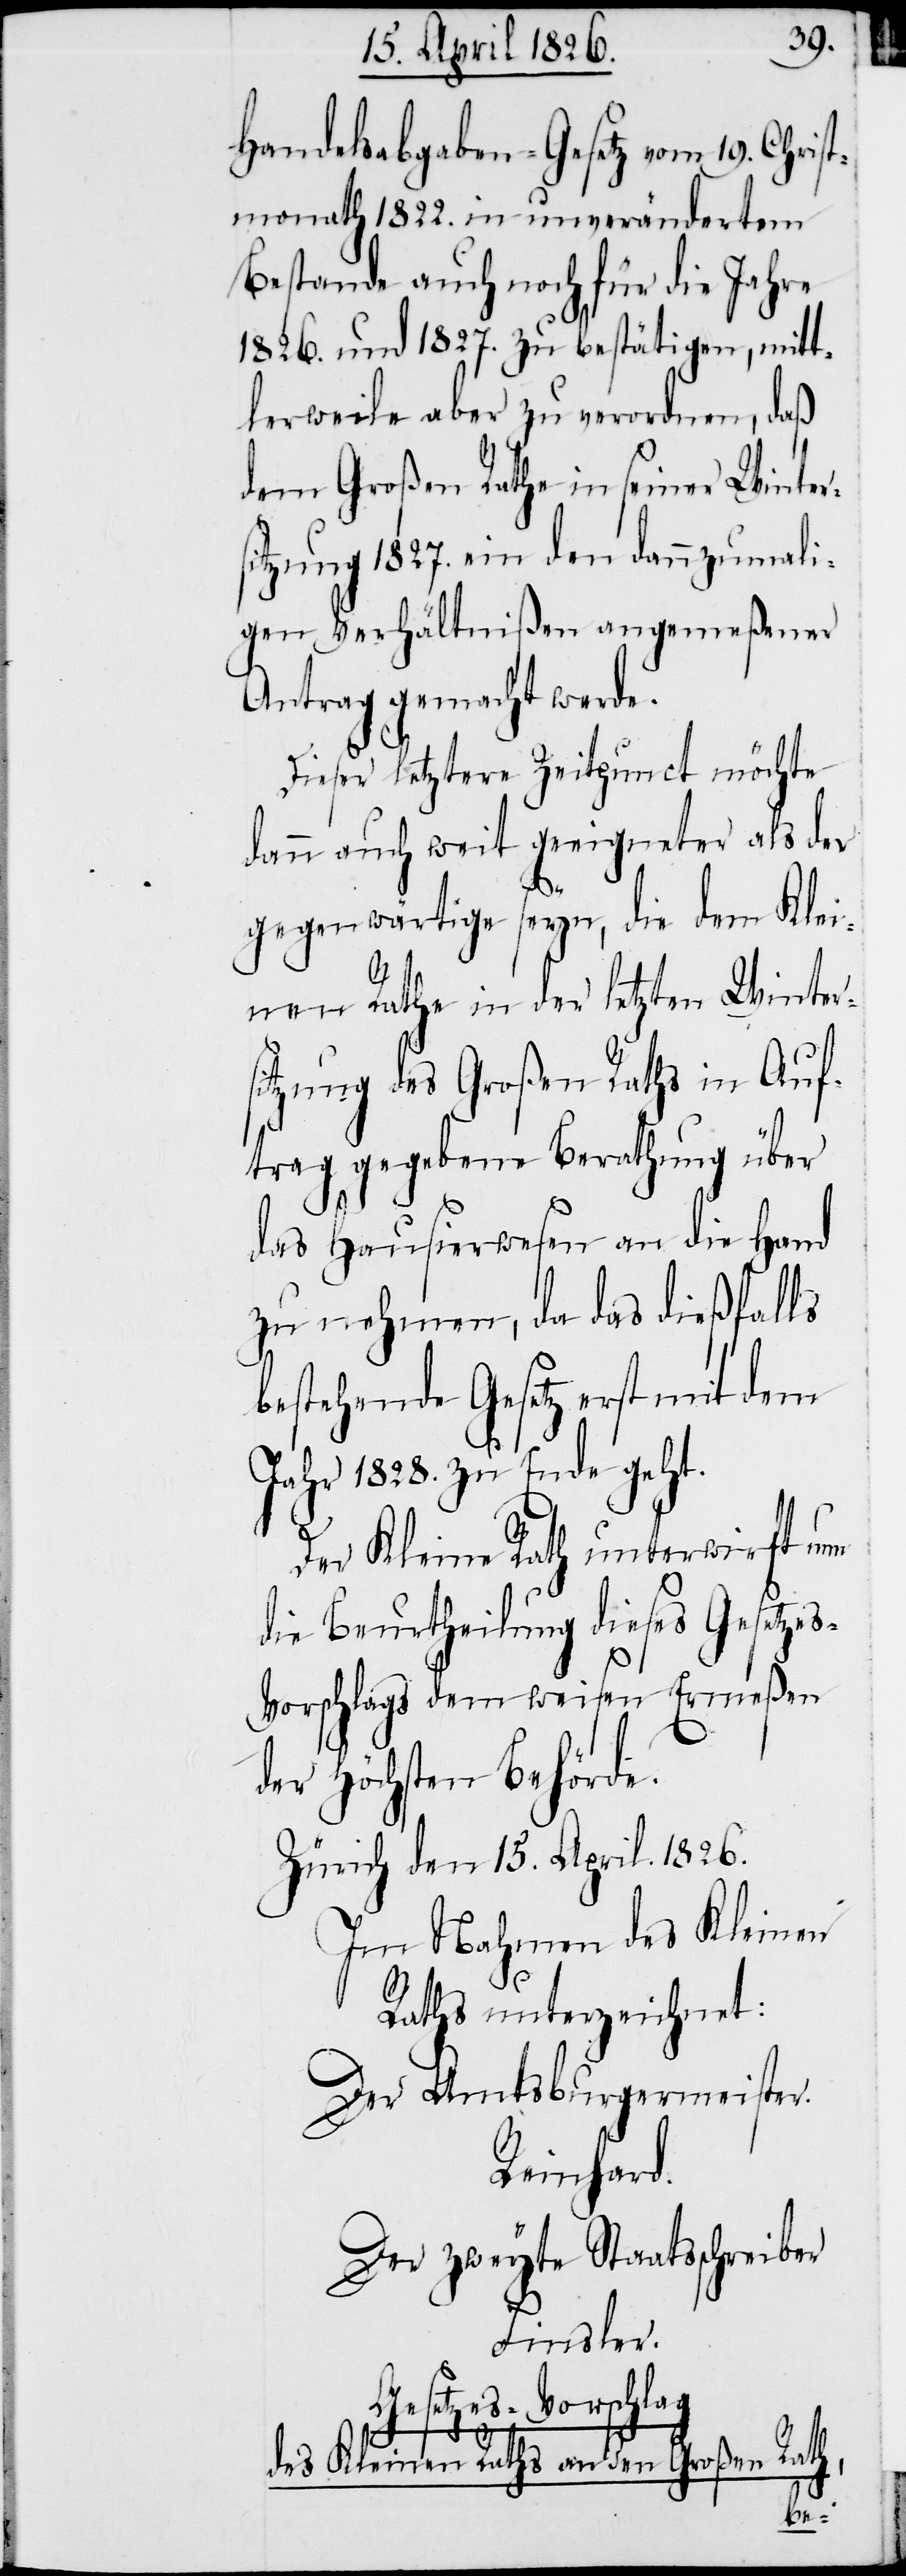
Handelsabgaben-Gesetz vom 19. Chris¬
tmonath 1822. in unverändertem
Bestande auch noch für die Jahre
1826. und 1827. zu bestätigen, mitt¬
lerweile aber zu verordnen, daß
dem Großen Rathe in seiner Winter¬
sitzung 1827. ein den dannzumali¬
gen Verhältnißen angemeßener
Antrag gemacht werde.
Dieser letztere Zeitpunct möchte
dann auch weit geeigneter als der
gegenwärtige seyn, die dem Klei¬
nen Rathe in der letzten Winter¬
sitzung des Großen Raths in Auf¬
trag gegebene Berathung über
das Hausirwesen an die Hand
zu nehmen, da das dießfalls
bestehende Gesetz erst mit dem
Jahr 1828. zu Ende geht.
Der Kleine Rath unterwirft um
die Beurtheilung dieses Gesetzes¬
vorschlags dem weisen Ermeßen
der Höchsten Behörde.
Zürich den 15. April 1826.
Im Nahmen des Kleinen
Raths unterzeichnet:
Der Amtsburgermeister.
Reinhard.
Der zweyte Staatsschreiber
Finsler.
Gesetzes-Vorschlag
des Kleinen Raths an den Großen